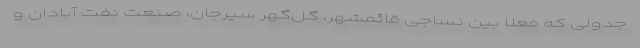
جدولی که فعلاً بین نساجی قائمشهر، گل‌گهر سیرجان، صنعت نفت آبادان و